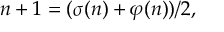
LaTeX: n + 1 = ( \sigma ( n ) + \varphi ( n ) ) / 2 ,